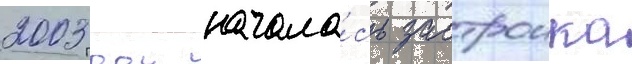
2003 году начала́сь застроика